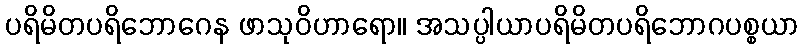
ပရိမိတပရိဘောဂေန ဖာသုဝိဟာရော။ အသပ္ပါယာပရိမိတပရိဘောဂပစ္စယာ